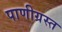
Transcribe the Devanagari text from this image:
पाणीग्रस्त